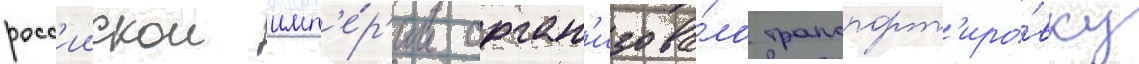
росс'иискои имп'е́р'ии орган'изова́ло транспорт'иро́вку